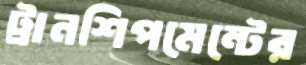
ট্রানশিপমেন্টের